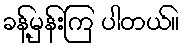
ခန့်မှန်းကြ ပါတယ်။